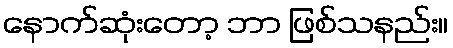
နောက်ဆုံးတော့ ဘာ ဖြစ်သနည်း။